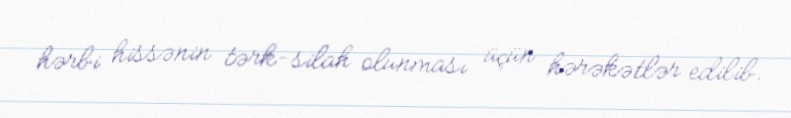
hərbi hissənin tərk-silah olunması üçün hərəkətlər edilib.